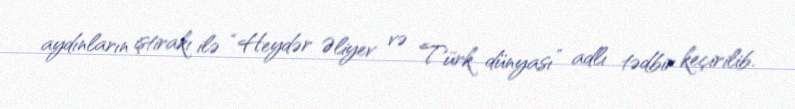
aydınların iştirakı ilə “Heydər Əliyev və Türk dünyası” adlı tədbir keçirilib.